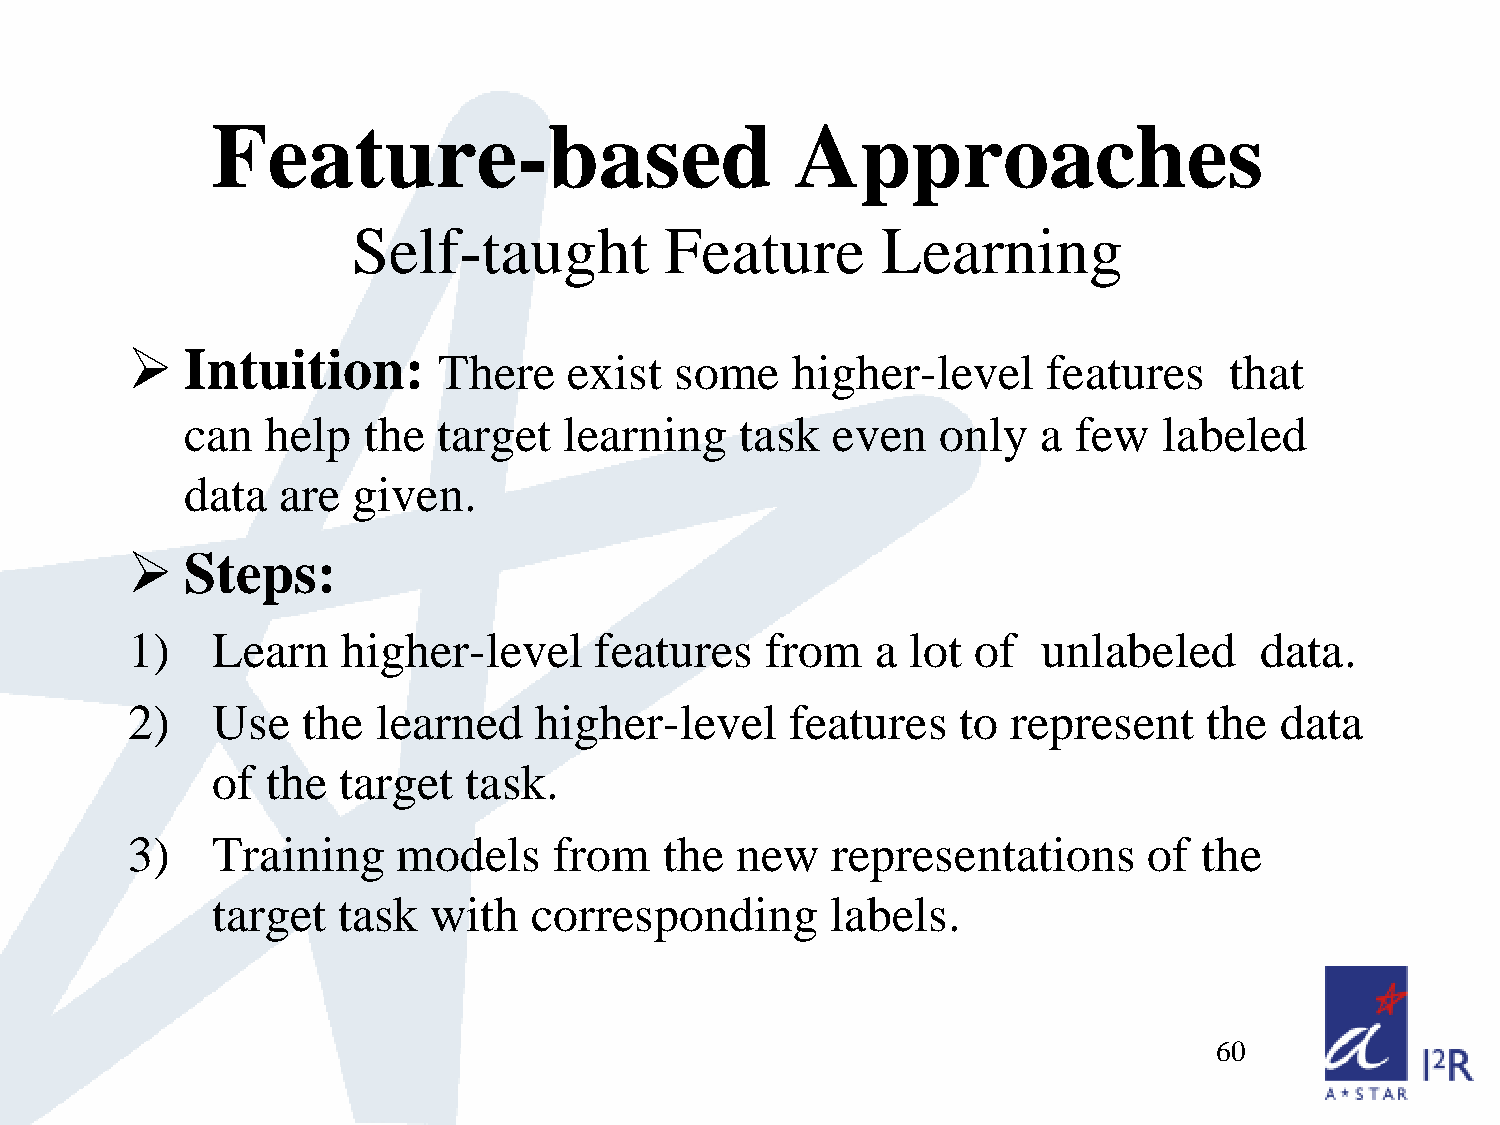
Feature-based                          Approaches
 Self-taught          Feature       Learning
    Intuition:       There    exist  some   higher-level     features    that
 can   help  the  target  learning    task  even   only   a few   labeled
 data  are  given.
    Steps:
 1)    Learn    higher-level    features    from   a lot  of  unlabeled     data.
 2)    Use   the  learned   higher-level     features    to represent    the  data
 of  the target   task.
 3)    Training    models     from   the  new   representations      of the
 target  task   with  corresponding       labels.
 60